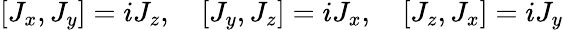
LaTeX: [J_{x},J_{y}]=iJ_{z},\quad[J_{y},J_{z}]=iJ_{x},\quad[J_{z},J_{x}]=iJ_{y}